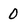
Character: O